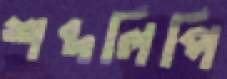
শব্দলিপি